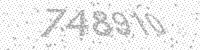
Solution: 748910